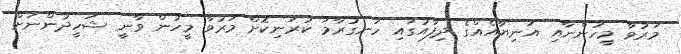
މަރުވާ މީހުންނާއި އަނިޔާއެއްގެ ދިފާއުގައި ހަނގުރާމަ ކުރަނިކޮށް މަރުވާ މީހުން ވާނީ ޝަހީދުންނަށް